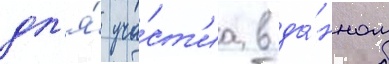
дл'я́ уча́ст'иа в да́нном